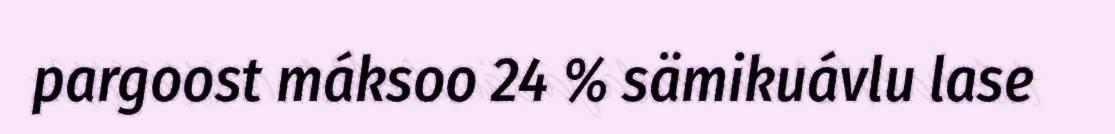
pargoost máksoo 24 % sämikuávlu lase